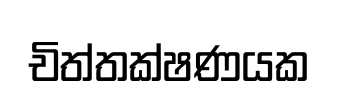
චිත්තක්ෂණයක